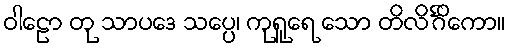
ဝါဠော တု သာပဒေ သပ္ပေ၊ ကုရူရေ သော တိလိင်္ဂိကော။